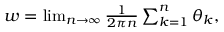
\begin{array} { r } { w = \operatorname* { l i m } _ { n \to \infty } \frac { 1 } { 2 \pi n } \sum _ { k = 1 } ^ { n } \theta _ { k } , } \end{array}